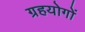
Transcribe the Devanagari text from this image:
ग्रहयोगों